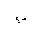
Letter: _ba